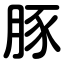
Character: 豚